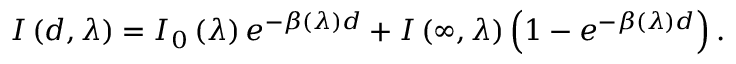
I \left( d , \lambda \right) = I _ { 0 } \left( \lambda \right) e ^ { - \beta \left( \lambda \right) d } + I \left( \infty , \lambda \right) \left( 1 - e ^ { - \beta \left( \lambda \right) d } \right) .